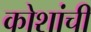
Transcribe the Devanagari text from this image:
कोशांची